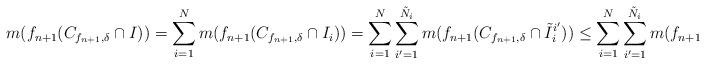
LaTeX: \begin{align*}m(f_{n+1}(C_{f_{n+1}, \delta} \cap I)) = \sum_{i=1}^N m(f_{n+1}(C_{f_{n+1}, \delta} \cap I_i))= \sum_{i=1}^N \sum_{i' = 1}^{\tilde N_i} m(f_{n+1}(C_{f_{n+1}, \delta} \cap \tilde I_i^{i'}))\leq \sum_{i=1}^N \sum_{i' = 1}^{\tilde N_i} m(f_{n+1}(\tilde I_i^{i'}))\end{align*}